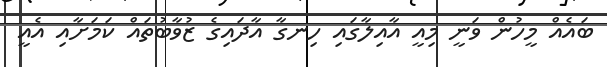
ބައެއް މީހުން ވަނީ މިއީ އާއިލާގައި ހިނގާ އާދައިގެ ޒުވާބުތައް ކަމަށާއި އެއީ